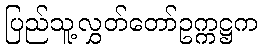
ပြည်သူ့လွှတ်တော်ဥက္ကဋ္ဌက